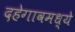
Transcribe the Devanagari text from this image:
दहेगावमध्ये